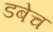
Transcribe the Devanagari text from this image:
डबेच